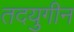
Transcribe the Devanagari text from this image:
तदयुगीन